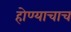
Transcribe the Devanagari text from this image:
होण्याचाच